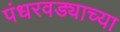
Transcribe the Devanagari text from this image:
पंधरवड्याच्या